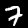
Digit: 7